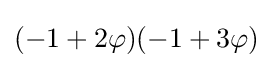
(-1+2\varphi )(-1+3\varphi )